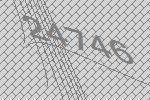
24746